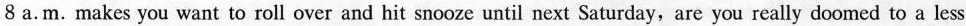
8 a.m. makes you want to roll over and hit snooze until next Saturday, are you really doomed to a less